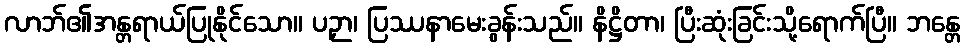
လာဘ်၏အန္တရာယ်ပြုနိုင်သော။ ပဉှာ၊ ပြဿနာမေးခွန်းသည်။ နိဋ္ဌိတာ၊ ပြီးဆုံးခြင်းသို့ရောက်ပြီ။ ဘန္တေ